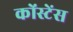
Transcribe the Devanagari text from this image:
कोंस्टेंस